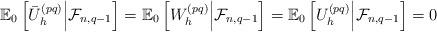
LaTeX: \begin{align*} \mathbb{E}_0\left[\bar{U}^{(pq)}_h\middle| \mathcal{F}_{n, q-1} \right] = \mathbb{E}_0\left[W_h^{(pq)}\middle| \mathcal{F}_{n, q-1} \right] = \mathbb{E}_0\left[U_h^{(pq)}\middle| \mathcal{F}_{n, q-1} \right] = 0 \end{align*}